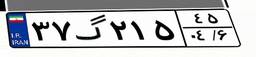
۳۷گ۲۱۵۴۵